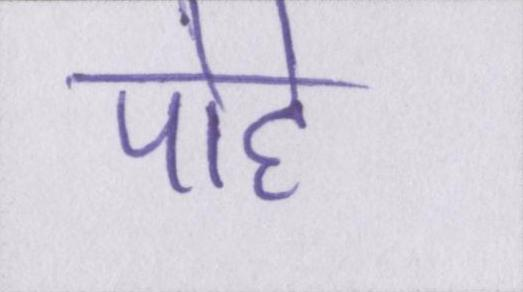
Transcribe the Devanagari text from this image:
पोहे